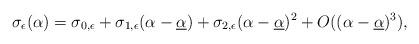
LaTeX: \begin{align*}\sigma_\epsilon(\alpha)= \sigma_{0,\epsilon} + \sigma_{1,\epsilon}(\alpha - \underline\alpha) + \sigma_{2,\epsilon}(\alpha - \underline\alpha)^2 + O((\alpha - \underline\alpha)^3),\end{align*}